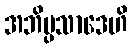
အဘိပ္ပသာဒေဟိ